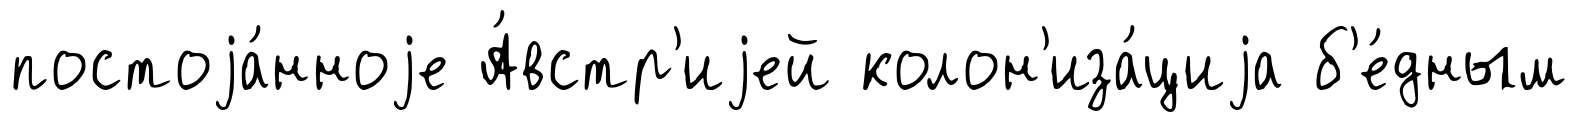
постоjа́нноjе А́встр'иjей колон'иза́циjа б'е́дным